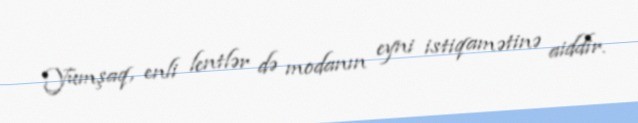
Yumşaq, enli lentlər də modanın eyni istiqamətinə aiddir.